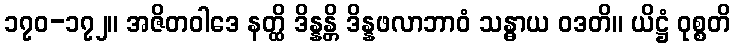
၁၇၀-၁၇၂။ အဇိတဝါဒေ နတ္ထိ ဒိန္နန္တိ ဒိန္နဖလာဘာဝံ သန္ဓာယ ဝဒတိ။ ယိဋ္ဌံ ဝုစ္စတိ